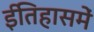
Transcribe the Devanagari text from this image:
ईतिहासमें